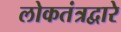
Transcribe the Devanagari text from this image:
लोकतंत्रद्वारे